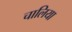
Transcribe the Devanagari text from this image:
चालिया